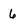
Character: 6